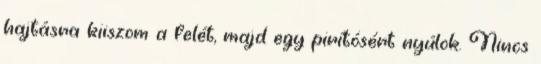
hajtásra kiiszom a felét, majd egy pirítósért nyúlok. Nincs